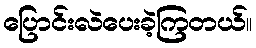
ပြောင်းလဲပေးခဲ့ကြတယ်။